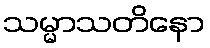
သမ္မာသတိနော